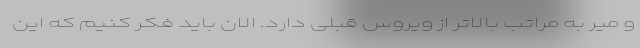
و میر به مراتب بالاتر از ویروس قبلی دارد. الان باید فکر کنیم که این